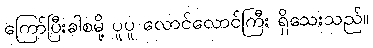
ကြော်ပြီးခါစမို့ ပူပူ လောင်လောင်ကြီး ရှိသေးသည်။